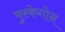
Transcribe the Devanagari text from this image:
मुस्केगोन